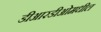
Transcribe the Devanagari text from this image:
डीआरडीओमधील